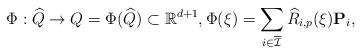
LaTeX: \begin{align*} \mathrm{\Phi} : \widehat{Q} \rightarrow Q=\mathrm{\Phi}( \widehat{Q}) \subset \mathbb{R}^{d+1}, \mathrm{\Phi}(\xi) = \sum_{{ {i} \in\overline{\mathcal{I}}}} \widehat{R}_{{i},{p}}(\xi) \mathbf{P}_{{{i}}}, \end{align*}